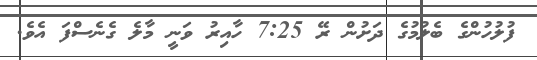
ފުލުހުންގެ ބެލުމުގެ ދަށުން ރޭ 7:25 ހާއިރު ވަނީ މާލެ ގެނެސްފަ އެވެ.